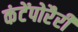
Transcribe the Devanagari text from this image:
कंटेंपोरैरी